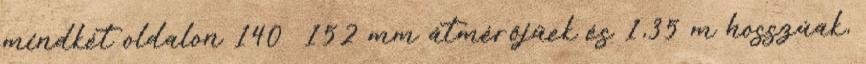
mindkét oldalon 140 152 mm átmérőjűek és 1,35 m hosszúak,